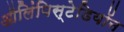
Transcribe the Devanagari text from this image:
ऑलिंपिस्टेडियॉन